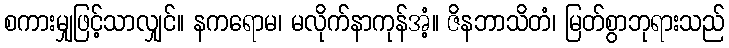
စကားမျှဖြင့်သာလျှင်။ နကရောမ၊ မလိုက်နာကုန်အံ့။ ဇိနဘာသိတံ၊ မြတ်စွာဘုရားသည်